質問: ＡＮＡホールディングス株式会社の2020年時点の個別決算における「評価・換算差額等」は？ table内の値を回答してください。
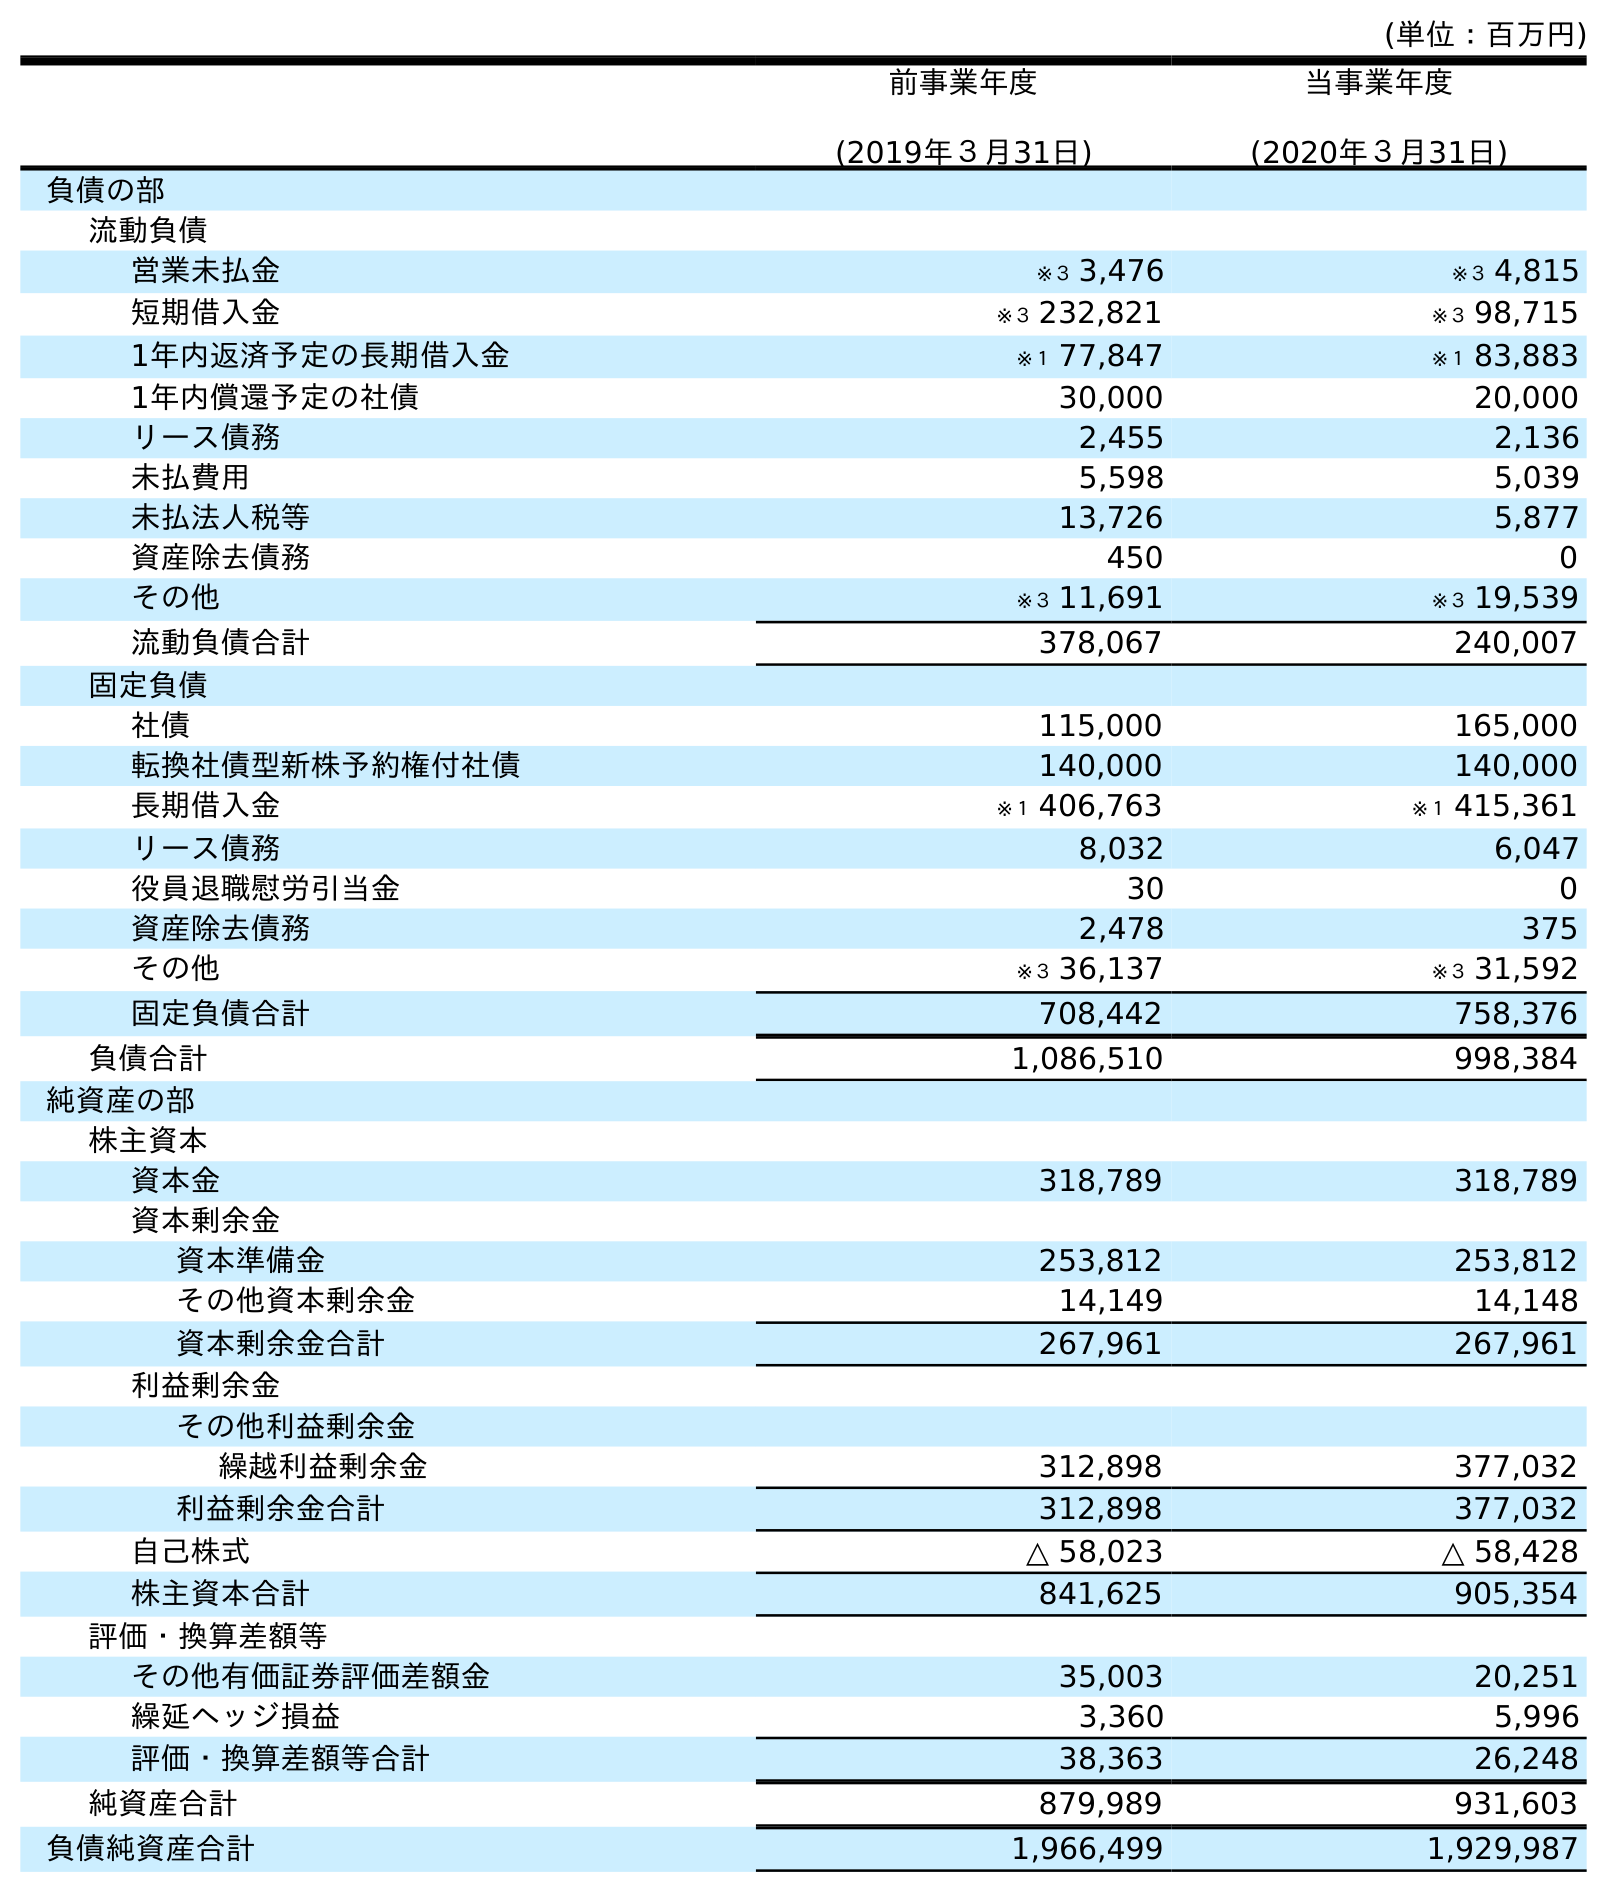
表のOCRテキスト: (単位：百万円) 前事業年度 (2019年３月31日) 当事業年度 (2020年３月31日) 負債の部 流動負債 営業未払金 ※３ 3,476 ※３ 4,815 短期借入金 ※３ 232,821 ※３ 98,715 1年内返済予定の長期借入金 ※１ 77,847 ※１ 83,883 1年内償還予定の社債 30,000 20,000 リース債務 2,455 2,136 未払費用 5,598 5,039 未払法人税等 13,726 5,877 資産除去債務 450 0 その他 ※３ 11,691 ※３ 19,539 流動負債合計 378,067 240,007 固定負債 社債 115,000 165,000 転換社債型新株予約権付社債 140,000 140,000 長期借入金 ※１ 406,763 ※１ 415,361 リース債務 8,032 6,047 役員退職慰労引当金 30 0 資産除去債務 2,478 375 その他 ※３ 36,137 ※３ 31,592 固定負債合計 708,442 758,376 負債合計 1,086,510 998,384 純資産の部 株主資本 資本金 318,789 318,789 資本剰余金 資本準備金 253,812 253,812 その他資本剰余金 14,149 14,148 資本剰余金合計 267,961 267,961 利益剰余金 その他利益剰余金 繰越利益剰余金 312,898 377,032 利益剰余金合計 312,898 377,032 自己株式 △ 58,023 △ 58,428 株主資本合計 841,625 905,354 評価・換算差額等 その他有価証券評価差額金 35,003 20,251 繰延ヘッジ損益 3,360 5,996 評価・換算差額等合計 38,363 26,248 純資産合計 879,989 931,603 負債純資産合計 1,966,499 1,929,987
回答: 26,248